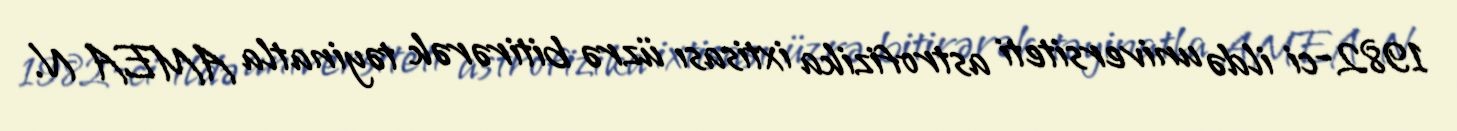
1982-ci ildə universiteti astrofizika ixtisası üzrə bitirərək təyinatla AMEA N.